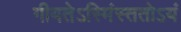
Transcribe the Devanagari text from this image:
गीयतेऽस्मिंस्ततोऽयं